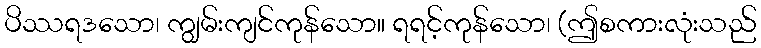
ပိဿရဒသော၊ ကျွမ်းကျင်ကုန်သော။ ရရင့်ကုန်သော၊ (ဤစကားလုံးသည်